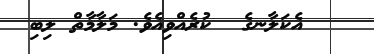
އެކަލާނގެ  ކުރެއްވިއެވެ. މަލާމާތް ލިބި